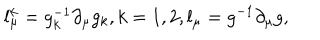
l _ { \mu } ^ { k } = g _ { k } ^ { - 1 } \partial _ { \mu } g _ { k } , k = 1 , 2 , l _ { \mu } = g ^ { - 1 } \partial _ { \mu } g ,